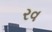
રવ